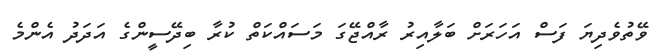
ވޭތުވެދިޔަ ފަސް އަހަރަށް ބަލާއިރު ރާއްޖޭގަ މަސައްކަތް ކުރާ ބިދޭސީންގެ އަދަދު އެންމެ